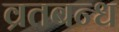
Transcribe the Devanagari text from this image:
व्रतबन्ध